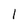
Character: 1